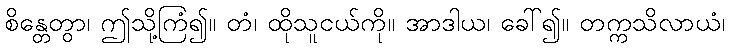
စိန္တေတွာ၊ ဤသို့ကြံ၍။ တံ၊ ထိုသူငယ်ကို။ အာဒါယ၊ ခေါ်၍။ တက္ကသိလာယံ၊